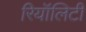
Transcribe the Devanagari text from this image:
रियॉलिटी